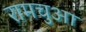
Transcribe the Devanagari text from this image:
रामचुआ